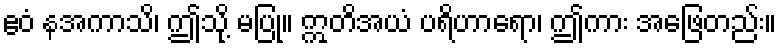
ဧဝံ နအကာသိ၊ ဤသို့ မပြု။ ဣတိအယံ ပရိဟာရော၊ ဤကား အဖြေတည်း။